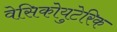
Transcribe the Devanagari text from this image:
वेसिकोयुटेरिक